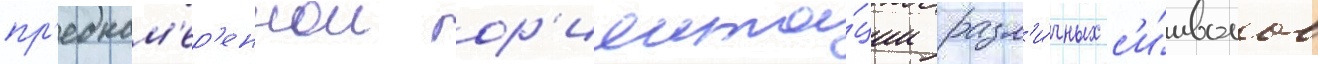
пр'еднам'ер'еннои ор'иента́ции разл'и́чных с'и́мволов